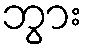
ဘွား